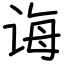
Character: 诲